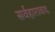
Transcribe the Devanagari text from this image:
सर्वहारावाद